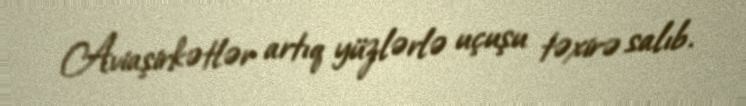
Aviaşirkətlər artıq yüzlərlə uçuşu təxirə salıb.